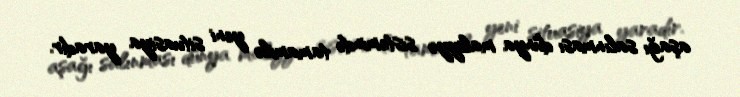
aşağı salınması dünya maliyyə sistemində tamamilə yeni situasiya yaradır.